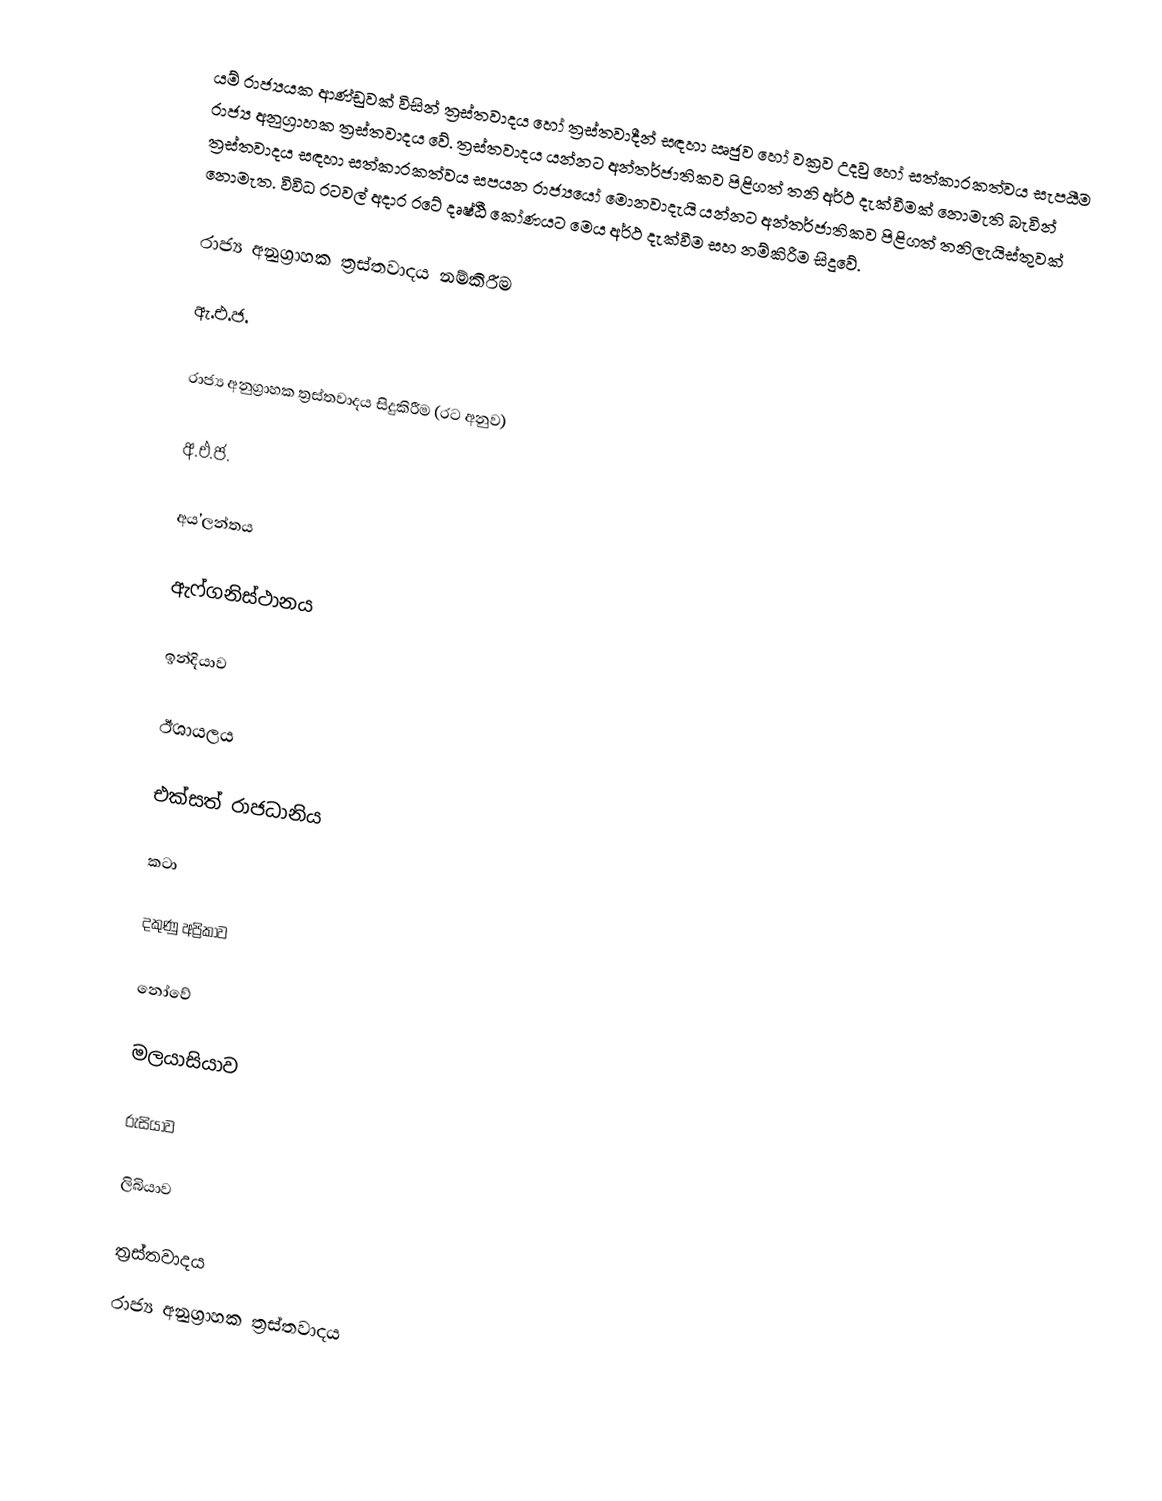
යම් රාජ්‍යයක ආණ්ඩුවක් විසින් ත්‍රස්තවාදය හෝ ත්‍රස්තවාදීන් සඳහා ඍජුව හෝ වක්‍රව උදවු හෝ සත්කාරකත්වය සැපයීම රාජ්‍ය අනුග්‍රාහක ත්‍රස්තවාදය වේ. ත්‍රස්තවාදය යන්නට අන්තර්ජාතිකව පිළිගත් තනි අර්ථ දැක්වීමක් නොමැති බැවින් ත්‍රස්තවාදය සඳහා සත්කාරකත්වය සපයන රාජ්‍යයෝ මොනවාදැයි යන්නට අන්තර්ජාතිකව පිළිගත් තනිලැයිස්තුවක් නොමැත. විවිධ රටවල් අදාර රටේ දෘෂ්ඨී කෝණයට මෙය අර්ථ දැක්වීම සහ නම්කිරීම සිදුවේ.

රාජ්‍ය අනුග්‍රාහක ත්‍රස්තවාදය නම්කිරීම

ඇ.එ.ජ.

රාජ්‍ය අනුග්‍රාහක ත්‍රස්තවාදය සිදුකිරීම (රට අනුව)

අ.එ.ජ.

අය'ලන්තය

ඇෆ්ගනිස්ථානය

ඉන්දියාව

ඊශායලය

එක්සත් රාජධානිය

කටා

දකුණු අප්‍රිකාව

නෝවේ

මලයාසියාව

රුසියාව

ලිබියාව

ත්‍රස්තවාදය
රාජ්‍ය අනුග්‍රාහක ත්‍රස්තවාදය